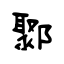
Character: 鄹